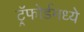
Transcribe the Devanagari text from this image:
ट्रॅफोर्डमध्ये